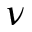
\nu